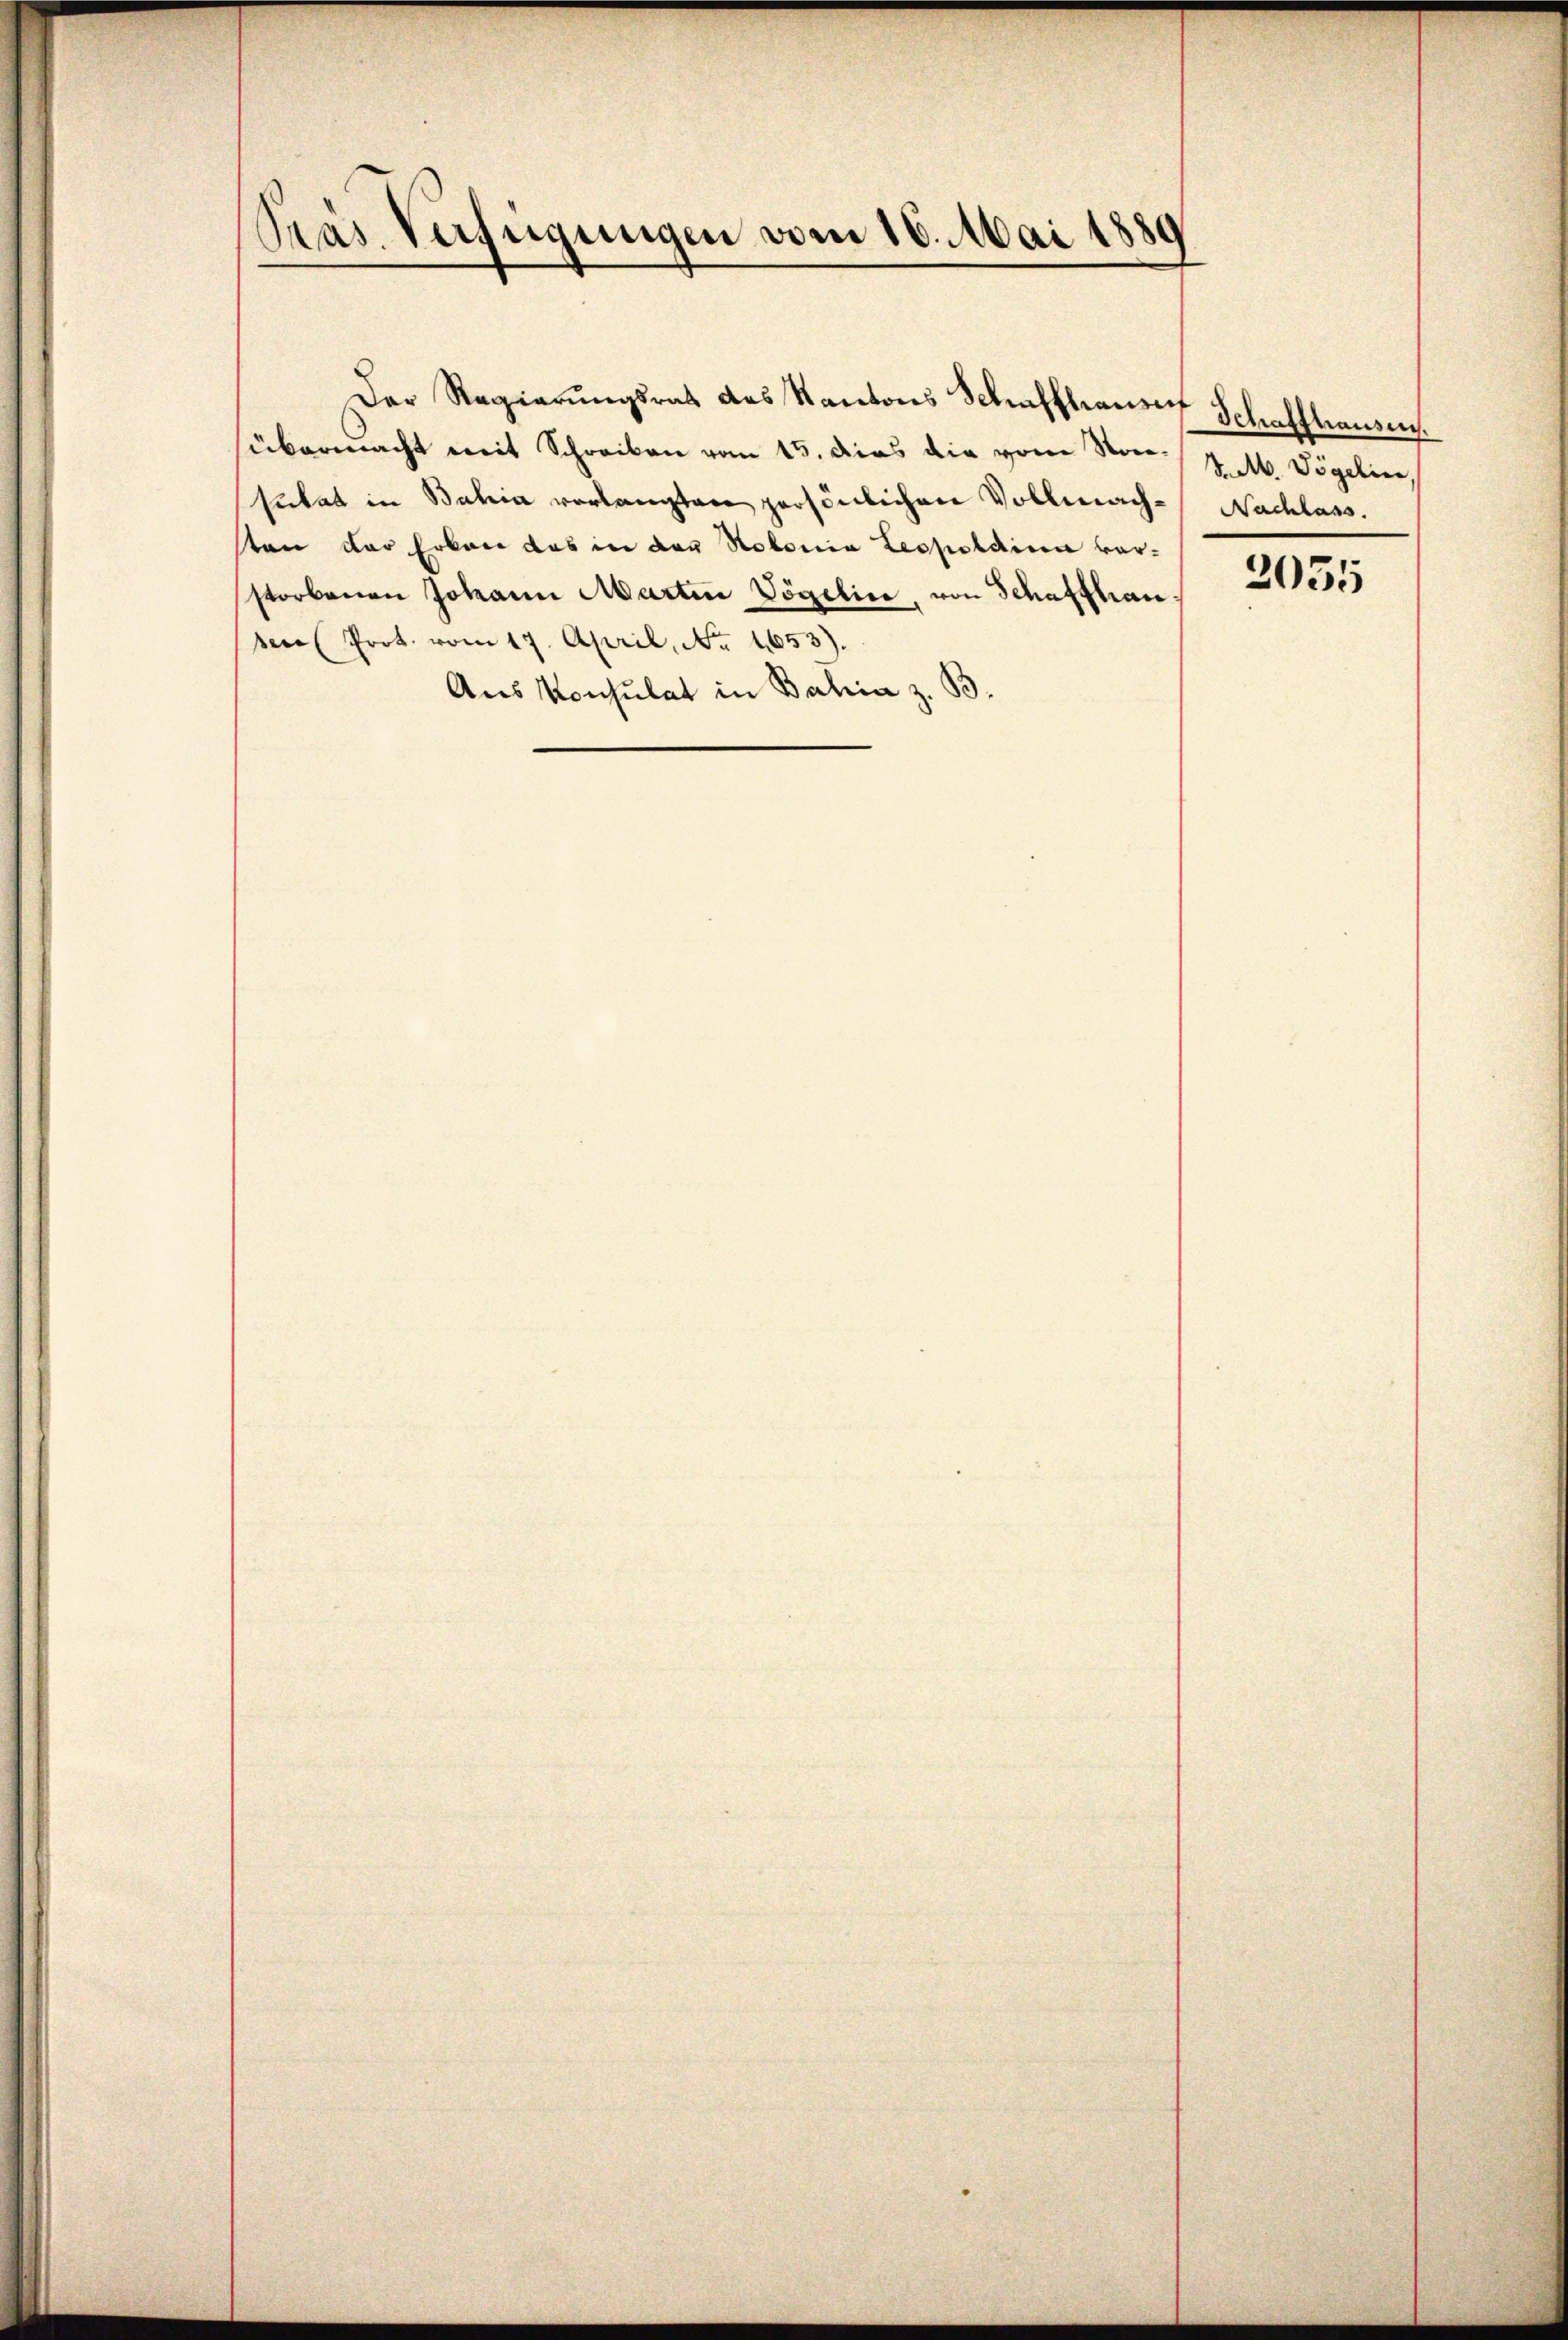
Präs. Verfügungen vom 16. Mai 1889

übermacht mit Schreiben vom 15. dies die vom Sonsutat in Bahia vorlangten persönlichen Vollmachsten der Erkan das in der Notonia Leopoldina vorstorbenen Johann Martin Vögelice, von Schaffhau
sere Prot. vom 17. April, No. 1653).
Aus Konsulat in Bahia z. B.

Der Regierŭngsrat des Kantons Schaffhauser Schaffhausen.

J. M. Vögeline,
Nachlass.

2035